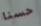
حسنا